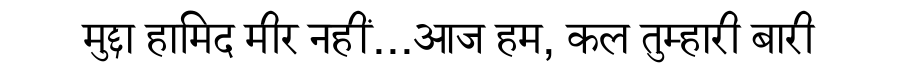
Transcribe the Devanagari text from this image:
मुद्दा हामिद मीर नहीं...आज हम, कल तुम्हारी बारी